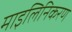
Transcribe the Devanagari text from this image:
माइलिनिकरण